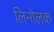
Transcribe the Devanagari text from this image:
लिनोलक